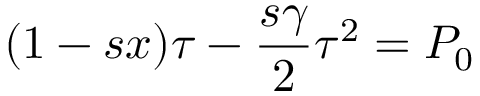
( 1 - s x ) \tau - \frac { s \gamma } { 2 } \tau ^ { 2 } = P _ { 0 }